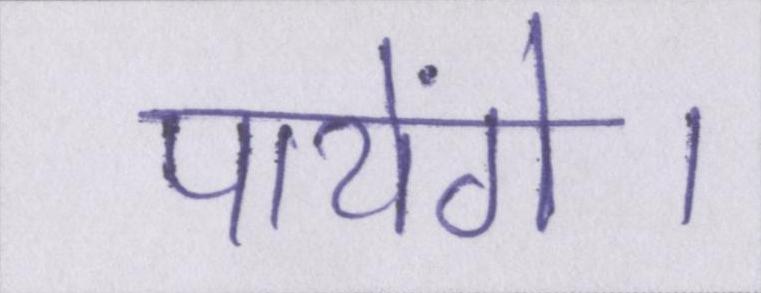
पायेंगे।